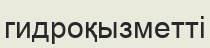
гидроқызметті